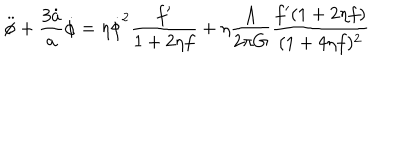
LaTeX: \ddot { \phi } + \frac { 3 \dot { a } } { a } \dot { \phi } = \eta \dot { \phi } ^ { 2 } \frac { f ^ { \prime } } { 1 + 2 \eta f } + \eta \frac { \Lambda } { 2 \pi G } \frac { f ^ { \prime } ( 1 + 2 \eta f ) } { ( 1 + 4 \eta f ) ^ { 2 } }